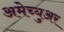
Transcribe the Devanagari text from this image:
अमेच्युअर